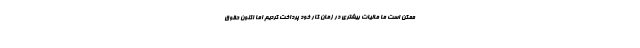
ممکن است ما مالیات بیشتری در زمان کار خود پرداخت کردیم اما اکنون حقوق